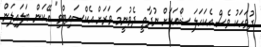
ދުވަހަކު ވެސް އެކަހަލަ ޝޯއަކަށް ނުދާތީ ދެވުނީމަ ވަރަށް އެކްސައިޓްވި" އޭކަން ބަލައިލަން